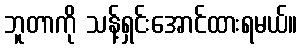
ဘူတာကို သန့်ရှင်းအောင်ထားရမယ်။